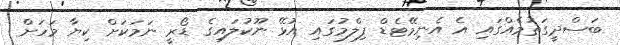
ބަސްދީގަތުމެއްގައި އެ އެނިމޭޓެޑް ފިލްމުގައި އުޅޭ ނޫކުލައިގެ ޑޯރީ ނަމަކަށް ކިޔާ މަހަށް